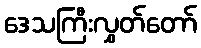
ဒေသကြီးလွှတ်တော်